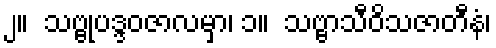
၂။  သဗ္ဗုပဒ္ဒဝဇာလမှာ၊ ၁။  သဗ္ဗာသီဝိသဇာတီနံ၊